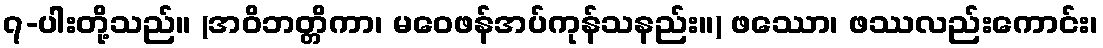
၇-ပါးတို့သည်။ (အဝိဘတ္တိကာ၊ မဝေဖန်အပ်ကုန်သနည်း။) ဖဿော၊ ဖဿလည်းကောင်း၊